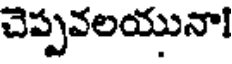
చెప్పవలయునా!